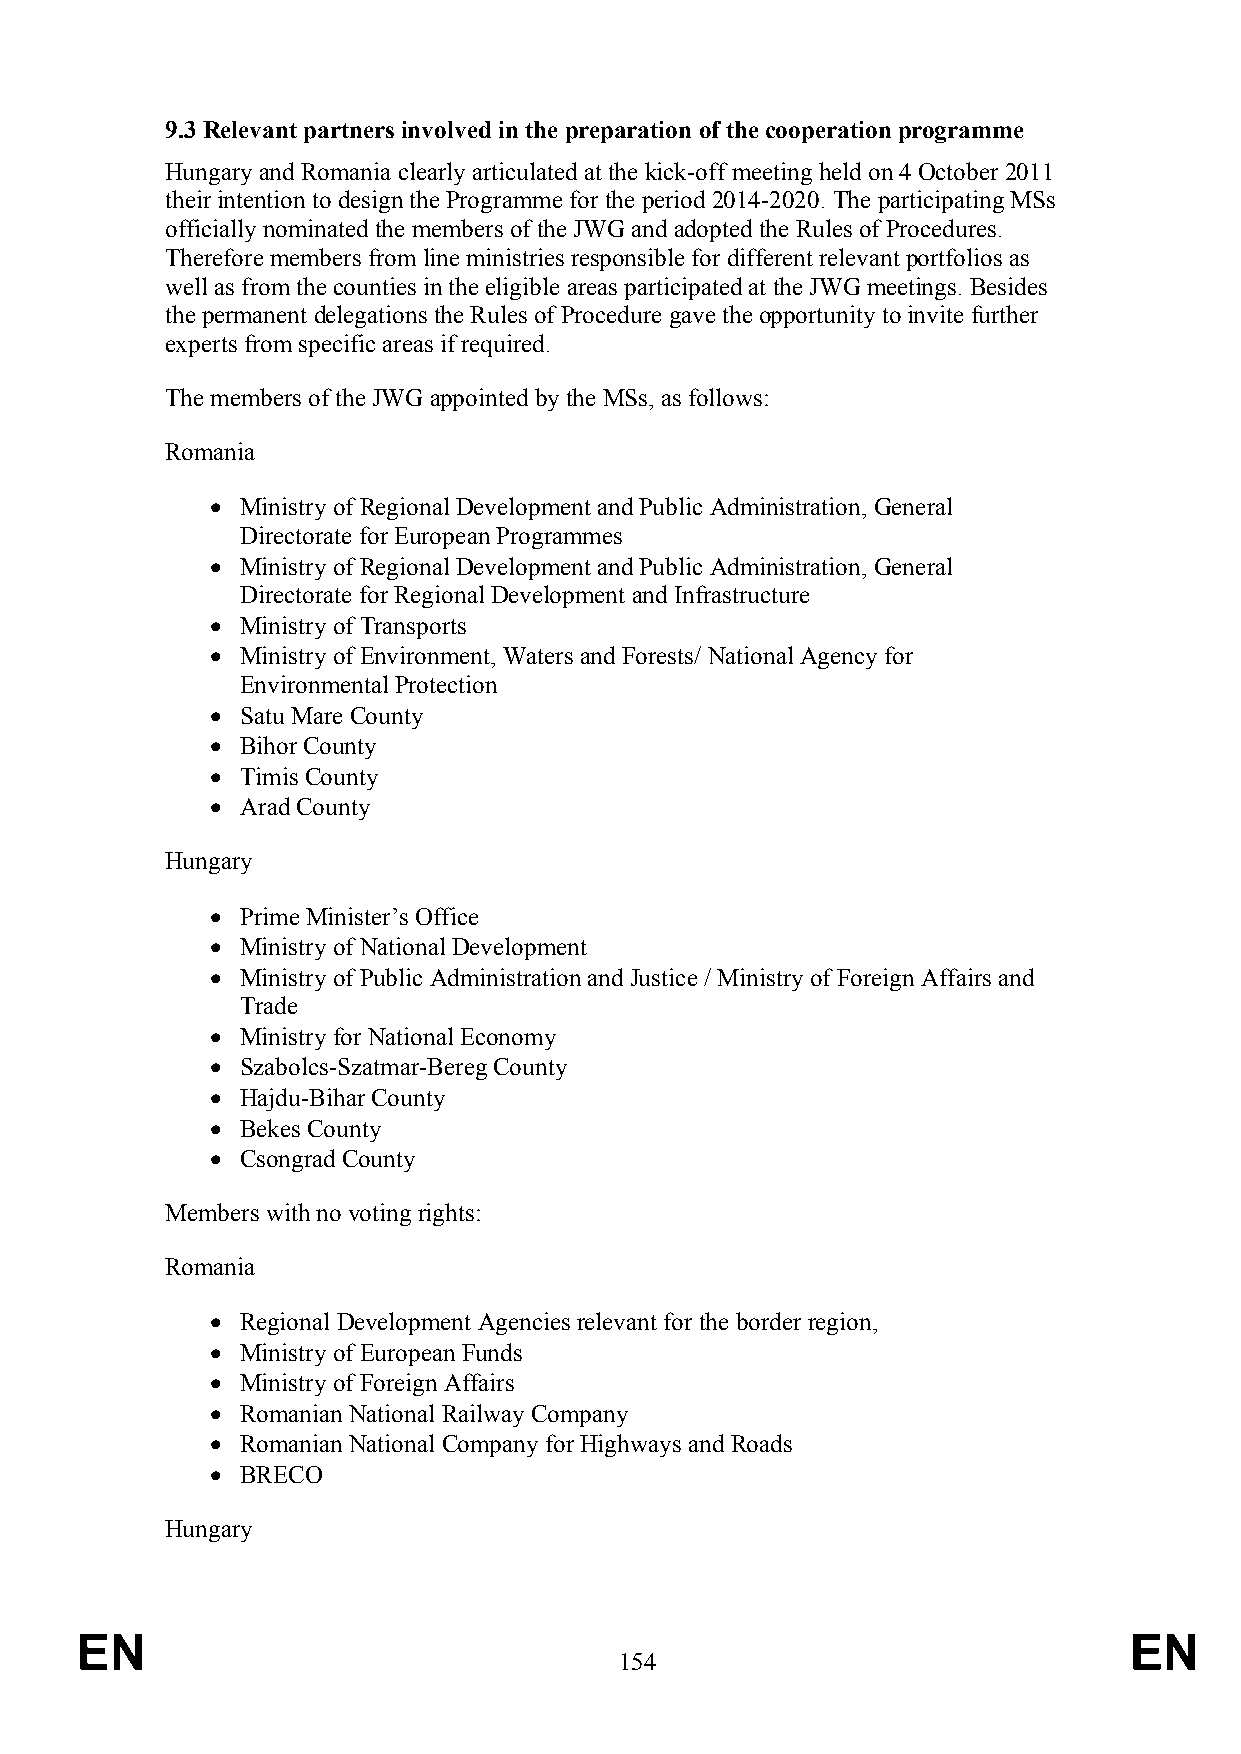
9.3 Relevant partners involved in the preparation of the cooperation programme
 Hungary and Romania clearly articulated at the kick-off meeting held on 4 October 2011
 their intention to design the Programme for the period 2014-2020. The participating MSs
 officially nominated the members of the JWG and adopted the Rules of Procedures.
 Therefore members from line ministries responsible for different relevant portfolios as
 well as from the counties in the eligible areas participated at the JWG meetings. Besides
 the permanent delegations the Rules of Procedure gave the opportunity to invite further
 experts from specific areas if required.
 The members of the JWG appointed by the MSs, as follows:
 Romania
  Ministry of Regional Development and Public Administration, General
 Directorate for European Programmes
  Ministry of Regional Development and Public Administration, General
 Directorate for Regional Development and Infrastructure
  Ministry of Transports
  Ministry of Environment, Waters and Forests/ National Agency for
 Environmental Protection
  Satu Mare County
  Bihor County
  Timis County
  Arad County
 Hungary
  Prime Minister’s Office
  Ministry of National Development
  Ministry of Public Administration and Justice / Ministry of Foreign Affairs and
 Trade
  Ministry for National Economy
  Szabolcs-Szatmar-Bereg County
  Hajdu-Bihar County
  Bekes County
  Csongrad County
 Members with no voting rights:
 Romania
  Regional Development Agencies relevant for the border region,
  Ministry of European Funds
  Ministry of Foreign Affairs
  Romanian National Railway Company
  Romanian National Company for Highways and Roads
  BRECO
 Hungary
 EN                                                                    EN
 154